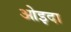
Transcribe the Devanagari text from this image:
ओइदा